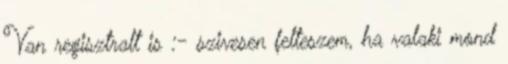
Van regisztralt is :- szivesen felteszem, ha valaki mond